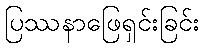
ပြဿနာဖြေရှင်းခြင်း